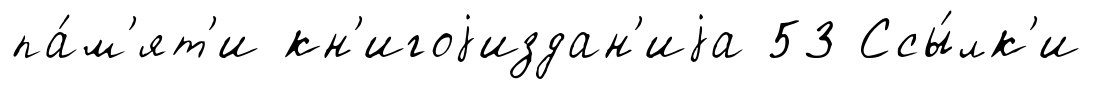
па́м'ят'и кн'игоjиздан'иjа 53 Ссы́лк'и